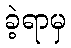
ခဲ့ရာမှ